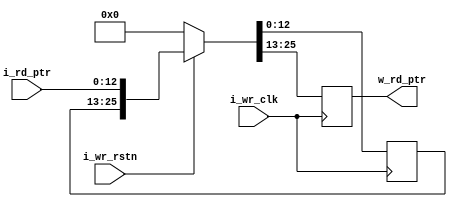
`timescale 1ns / 1ps
//////////////////////////////////////////////////////////////////////////////////
// Company: 
// Engineer: 
// 
// Design Name: 
// Module Name: synch_rd_pointer_1
// Project Name: 
// Target Devices: 
// Tool Versions: 
// Description: 
// 
// Dependencies: 
// 
// Revision:
// Revision 0.01 - File Created
// Additional Comments:
// 
//////////////////////////////////////////////////////////////////////////////////


module synch_rd_pointer_1
#(parameter PTR_W = 12)

(input  i_wr_clk ,
 input  i_wr_rstn , 
 input  [PTR_W:0] i_rd_ptr  , 
 output [PTR_W:0] w_rd_ptr
);

reg [PTR_W:0] d_ff1 , d_ff2 ;


always @(posedge i_wr_clk ) begin
     if (~i_wr_rstn)
            { d_ff2 , d_ff1} <= 0;
         else
            { d_ff2 , d_ff1} <= {d_ff1 , i_rd_ptr};
     end 
     
  assign w_rd_ptr  = d_ff2 ;
              

endmodule